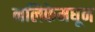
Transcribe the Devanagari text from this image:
नलिकेमधून